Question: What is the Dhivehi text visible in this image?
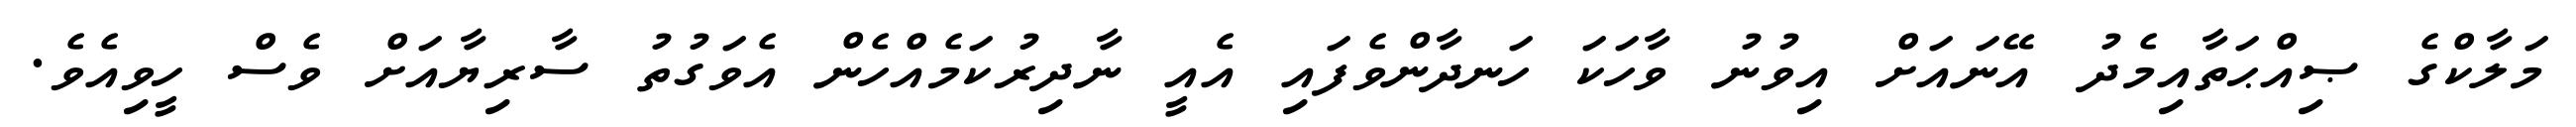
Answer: މަލާކްގެ ޞިއްޙަތާއިމެދު އޭނައަށް އިވުނު ވާހަކަ ހަނދާންވެފައި އެއީ ނާދިރުކަމެއްހެން އެވަގުތު ސާރިޔާއަށް ވެސް ހީވިއެވެ.